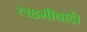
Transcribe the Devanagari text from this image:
लक्ष्मीबाई।